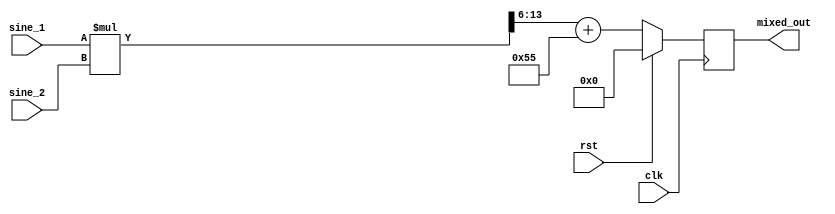
/*--------------------------------------*/
/*      AUTHOR - Stanislaw Klat         */
/*--------------------------------------*/

`timescale 1ns / 1ps

module mixer(
    input wire rst,
    input wire clk,
    input wire signed [7:0] sine_1,
    input wire signed [7:0] sine_2,
    // input wire [7:0] sine_3,
    output reg [7:0] mixed_out
);
wire signed [15:0]  mixed_int;
wire signed [7:0] mixed_out_nxt;

assign mixed_int = sine_1 * sine_2;
assign mixed_out_nxt = mixed_int[13:6] + 8'd85;
always @(posedge clk) begin
    if(rst) mixed_out <= 8'b0;
    else mixed_out <= mixed_out_nxt;
end

endmodule